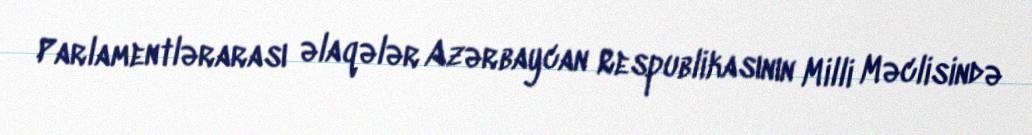
Parlamentlərarası əlaqələr Azərbaycan Respublikasının Milli Məclisində